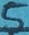
Text: 5